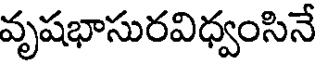
వృషభాసురవిధ్వంసినే